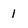
Character: 1